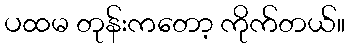
ပထမ တုန်းကတော့ ကိုက်တယ်။